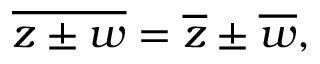
{ \overline { { z \pm w } } } = { \overline { { z } } } \pm { \overline { { w } } } ,